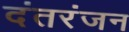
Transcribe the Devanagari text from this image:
दंतरंजन